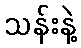
သန်းနဲ့